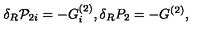
\delta _ { R } { \cal P } _ { 2 i } = - G _ { i } ^ { ( 2 ) } , \delta _ { R } P _ { 2 } = - G ^ { ( 2 ) } ,